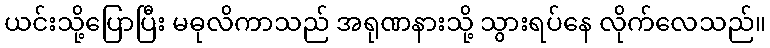
ယင်းသို့ပြောပြီး မဓုလိကာသည် အရုဏနားသို့ သွားရပ်နေ လိုက်လေသည်။